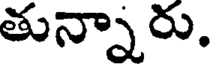
తున్నారు.